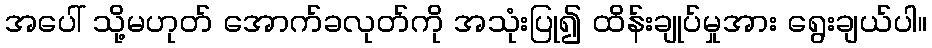
အပေါ် သို့မဟုတ် အောက်ခလုတ်ကို အသုံးပြု၍ ထိန်းချုပ်မှုအား ရွေးချယ်ပါ။